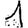
Digit: 1